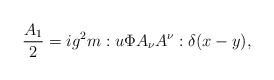
LaTeX: \begin{align*}\frac{A_1}{2}= ig^2m:u\Phi A_\nu A^\nu :\delta (x-y), \end{align*}